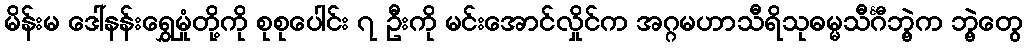
မိန်းမ ဒေါ်နန်းရွှေမှုံတို့ကို စုစုပေါင်း ၇ ဦးကို မင်းအောင်လှိုင်က အဂ္ဂမဟာသီရိသုဓမ္မသီင်္ဂီဘွဲ့က ဘွဲ့တွေ